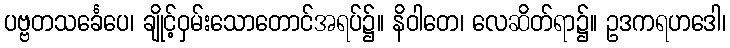
ပဗ္ဗတသင်္ခေပေ၊ ချိုင့်ဝှမ်းသောတောင်အရပ်၌။ နိဝါတေ၊ လေဆိတ်ရာ၌။ ဥဒကရဟဒေါ၊